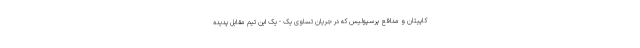
کاپیتان و مدافع پرسپولیس که در جریان تساوی یک - یک این تیم مقابل پدیده